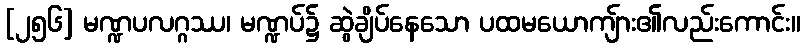
[၂၅၆] မဏ္ဍပလဂ္ဂဿ၊ မဏ္ဍပ်၌ ဆွဲချိပ်နေသော ပထမယောကျ်ား၏လည်းကောင်း။